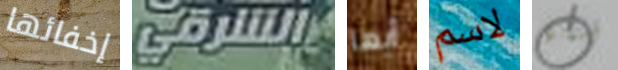
إخفائها الشرقي أيها لاسم أسنانها